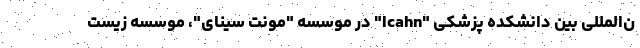
ن‌المللی بین دانشکده پزشکی "Icahn" در موسسه "مونت سینای"، موسسه زیست